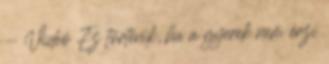
- Videó Ez történik, ha a gyerek nem érzi